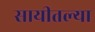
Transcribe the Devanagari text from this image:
सायीतल्या